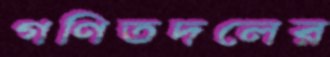
গণিতদলের